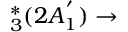
_ 3 ^ { * } ( 2 A _ { 1 } ^ { ' } ) \rightarrow